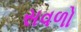
સવળો